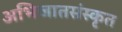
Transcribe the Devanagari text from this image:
अभिजातसंस्कृत